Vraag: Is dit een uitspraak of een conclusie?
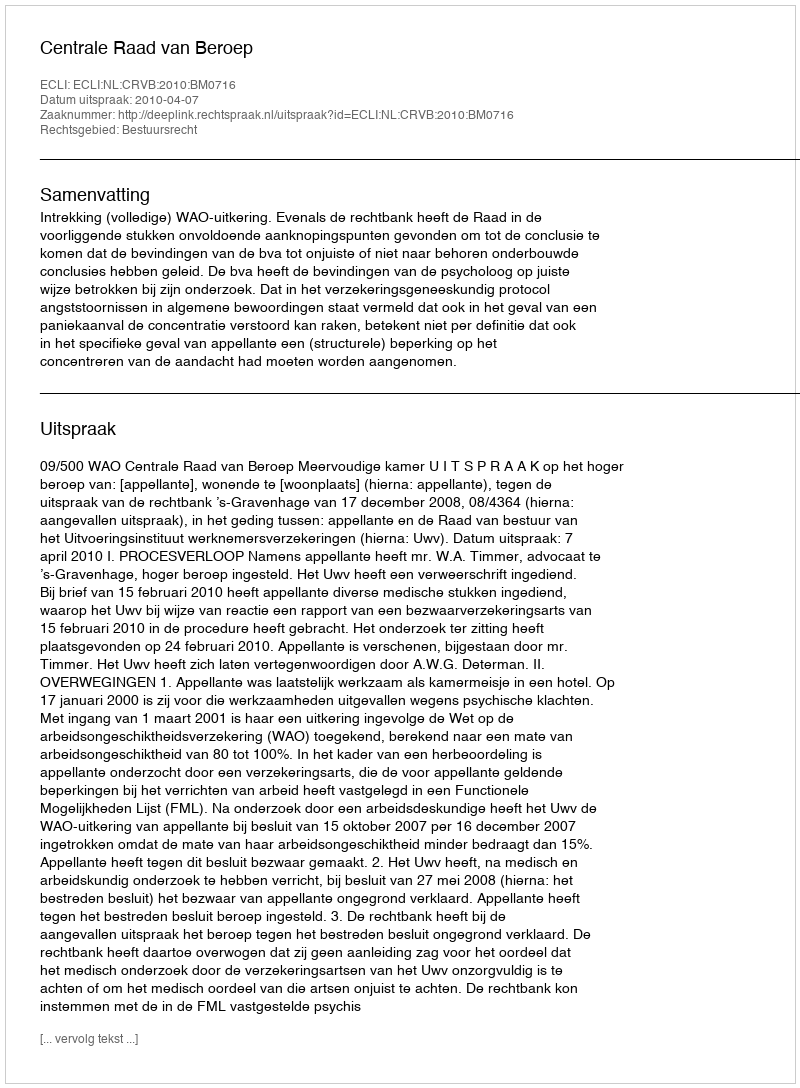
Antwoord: Uitspraak